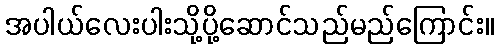
အပါယ်လေးပါးသို့ပို့ဆောင်သည်မည်ကြောင်း။